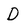
Character: D